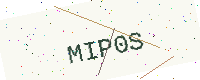
Text: MIP0S